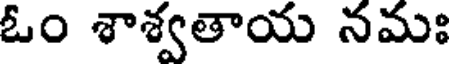
ఓం శాశ్వతాయ నమః